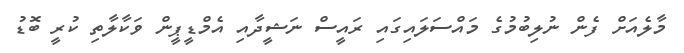
މާލެއަށް ފެން ނުލިބުމުގެ މައްސަލައިގައި ރައީސް ނަޝީދާއި އެމްޑީޕީން ވަކާލާތި ކުރީ ބޮޑު